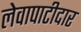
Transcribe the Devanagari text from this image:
लेवापाटीदार